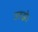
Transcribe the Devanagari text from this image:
उलझे।